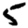
Digit: 5